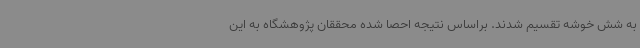
به شش خوشه تقسیم شدند. براساس نتیجه احصا شده محققان پژوهشگاه به این